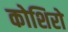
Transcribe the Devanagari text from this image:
कोशिरो